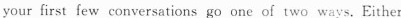
your first few conversations go one of two ways. Either